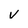
Character: v